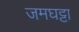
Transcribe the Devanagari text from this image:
जमघट्टा